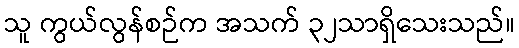
သူ ကွယ်လွန်စဉ်က အသက် ၃၂သာရှိသေးသည်။